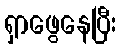
ရှာဖွေနေပြီး